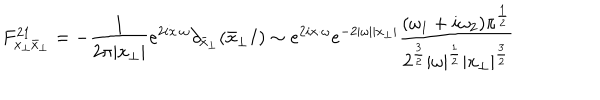
LaTeX: F _ { x _ { \perp } \bar { x } _ { \perp } } ^ { 2 1 } = - \frac { 1 } { 2 \pi | x _ { \perp } | } e ^ { 2 i x \cdot \omega } \partial _ { \bar { x } _ { \perp } } ( \bar { x } _ { \perp } I ) \sim e ^ { 2 i x \cdot \omega } e ^ { - 2 | \omega | | x _ { \perp } | } { \frac { ( \omega _ { 1 } + i \omega _ { 2 } ) \pi ^ { { \frac { 1 } { 2 } } } } { 2 ^ { { \frac { 3 } { 2 } } } | \omega | ^ { { \frac { 1 } { 2 } } } | x _ { \perp } | ^ { { \frac { 3 } { 2 } } } } }